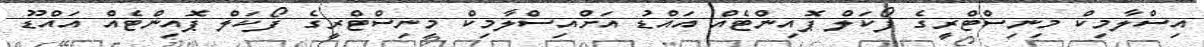
އިސްލާމިކް މިނިސްޓްރީގެ ފޯކަލް ޕޮއިންޓެއް އައްޑު އަށްއިސްލާމިކް މިނިސްޓްރީގެ ފޯކަލް ޕޮއިންޓެއް އައްޑޫ